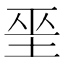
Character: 𡋻